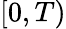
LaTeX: [0,T)